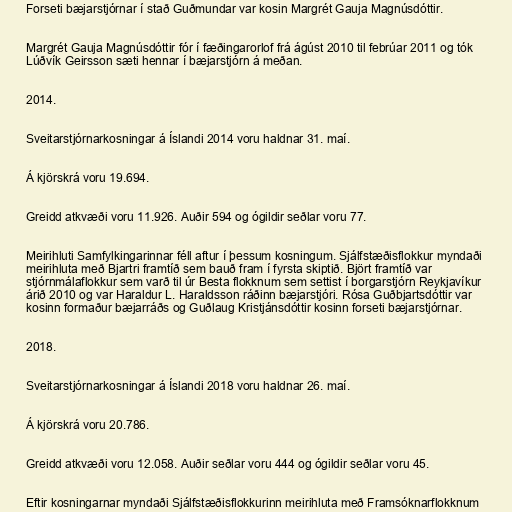
Forseti bæjarstjórnar í stað Guðmundar var kosin Margrét Gauja Magnúsdóttir.

Margrét Gauja Magnúsdóttir fór í fæðingarorlof frá ágúst 2010 til febrúar 2011 og tók
Lúðvík Geirsson sæti hennar í bæjarstjórn á meðan.

2014.

Sveitarstjórnarkosningar á Íslandi 2014 voru haldnar 31. maí.

Á kjörskrá voru 19.694.

Greidd atkvæði voru 11.926. Auðir 594 og ógildir seðlar voru 77.

Meirihluti Samfylkingarinnar féll aftur í þessum kosningum. Sjálfstæðisflokkur myndaði
meirihluta með Bjartri framtíð sem bauð fram í fyrsta skiptið. Björt framtíð var
stjórnmálaflokkur sem varð til úr Besta flokknum sem settist í borgarstjórn Reykjavíkur
árið 2010 og var Haraldur L. Haraldsson ráðinn bæjarstjóri. Rósa Guðbjartsdóttir var
kosinn formaður bæjarráðs og Guðlaug Kristjánsdóttir kosinn forseti bæjarstjórnar.

2018.

Sveitarstjórnarkosningar á Íslandi 2018 voru haldnar 26. maí.

Á kjörskrá voru 20.786.

Greidd atkvæði voru 12.058. Auðir seðlar voru 444 og ógildir seðlar voru 45.

Eftir kosningarnar myndaði Sjálfstæðisflokkurinn meirihluta með Framsóknarflokknum